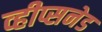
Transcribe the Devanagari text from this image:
व्हीप्सनेड